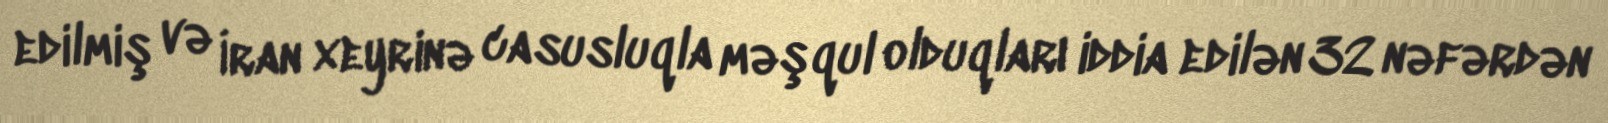
edilmiş və İran xeyrinə casusluqla məşqul olduqları iddia edilən 32 nəfərdən